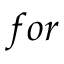
f o r